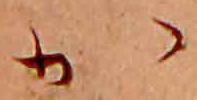
か